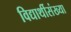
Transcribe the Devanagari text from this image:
विद्यार्थीसंख्या